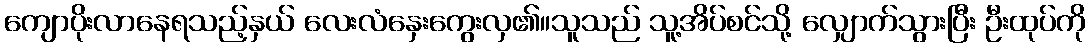
ကျောပိုးလာနေရသည့်နှယ် လေးလံနှေးကွေးလှ၏။သူသည် သူ့အိပ်စင်သို့ လျှောက်သွားပြီး ဦးထုပ်ကို